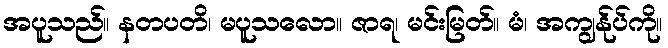
အပူသည်။ နတပတိ၊ မပူသလော။ ဇာရ၊ မင်းမြတ်။ မံ၊ အကျွန်ုပ်ကို။